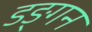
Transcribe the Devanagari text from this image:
डङ्गन